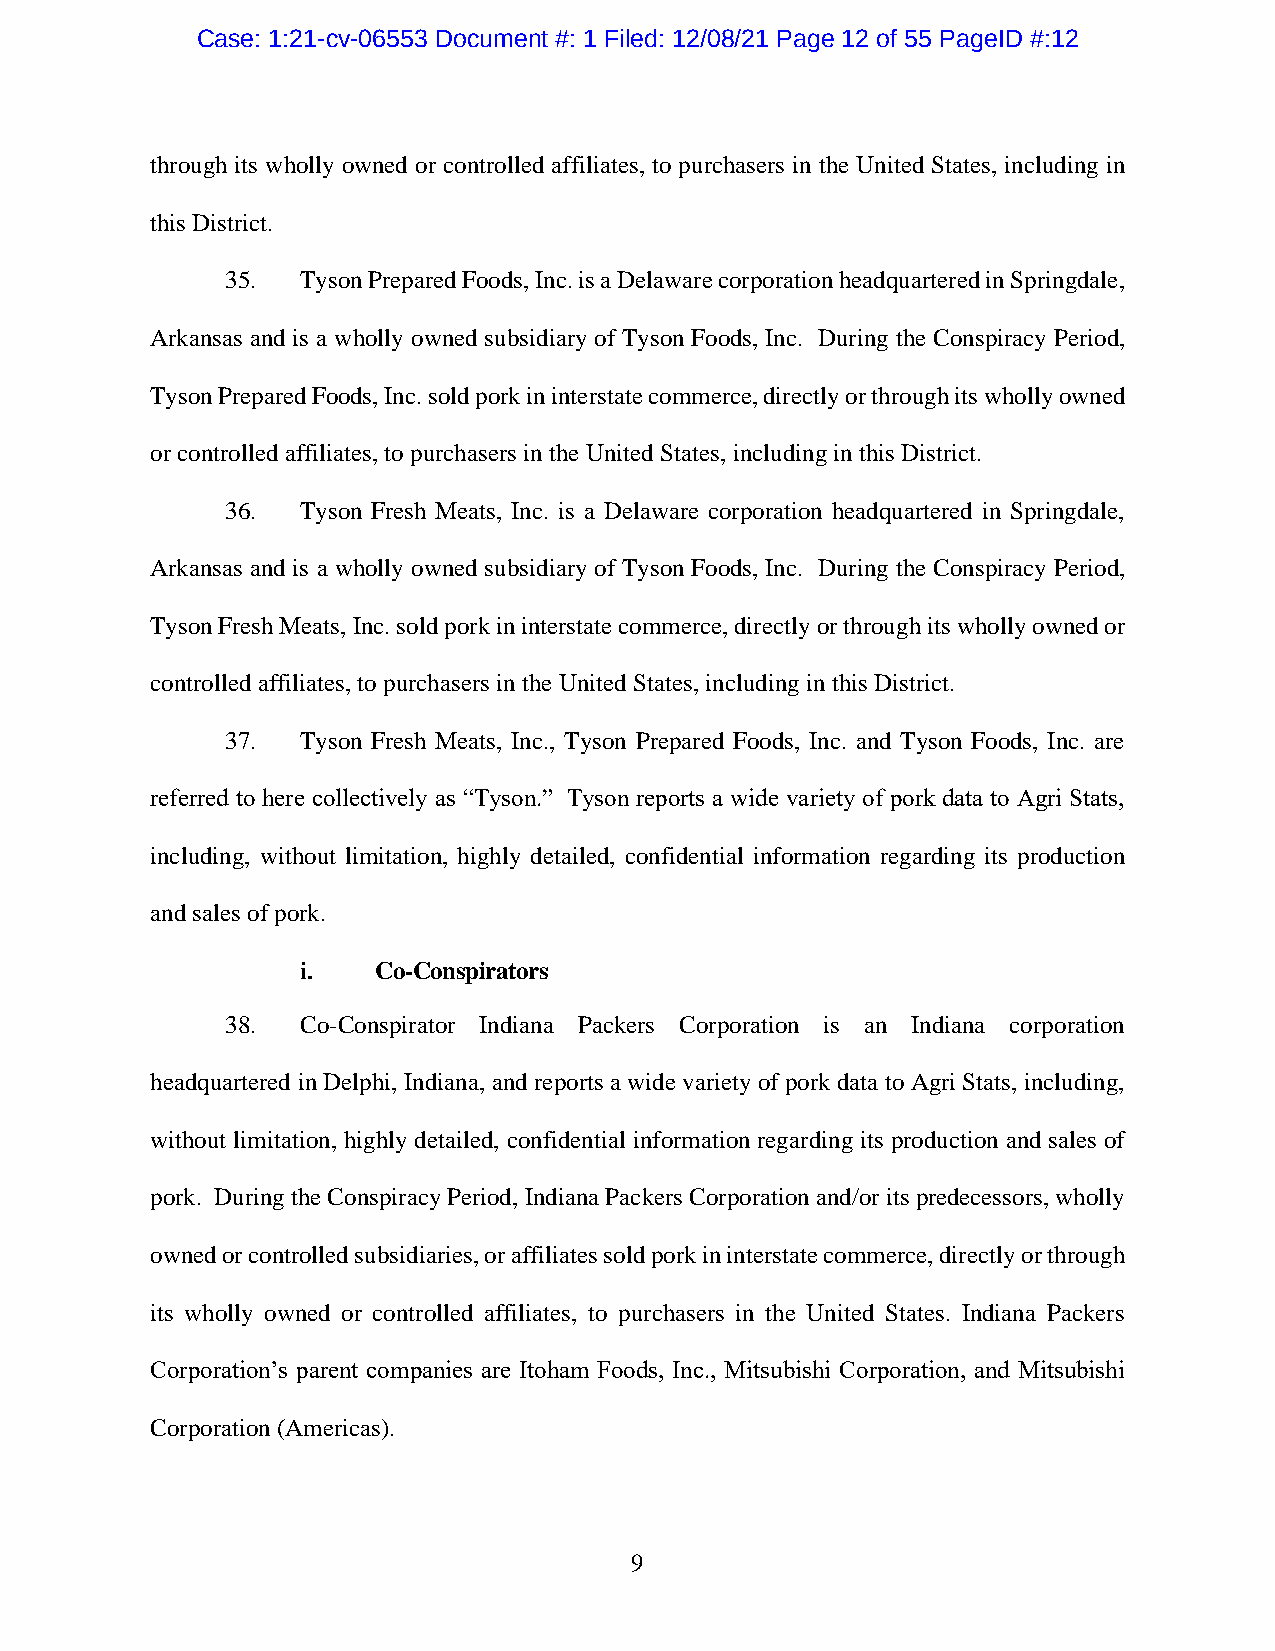
Case: 1:21-cv-06553 Document #: 1 Filed: 12/08/21 Page 12 of 55 PageID #:12
 through its wholly owned or controlled affiliates, to purchasers in the United States, including in
 this District.
 35.  Tyson Prepared Foods, Inc. is a Delaware corporation headquartered in Springdale,
 Arkansas and is a wholly owned subsidiary of Tyson Foods, Inc. During the Conspiracy Period,
 Tyson Prepared Foods, Inc. sold pork in interstate commerce, directly or through its wholly owned
 or controlled affiliates, to purchasers in the United States, including in this District.
 36.  Tyson Fresh Meats, Inc. is a Delaware corporation headquartered in Springdale,
 Arkansas and is a wholly owned subsidiary of Tyson Foods, Inc. During the Conspiracy Period,
 Tyson Fresh Meats, Inc. sold pork in interstate commerce, directly or through its wholly owned or
 controlled affiliates, to purchasers in the United States, including in this District.
 37.  Tyson Fresh Meats, Inc., Tyson Prepared Foods, Inc. and Tyson Foods, Inc. are
 referred to here collectively as “Tyson.” Tyson reports a wide variety of pork data to Agri Stats,
 including, without limitation, highly detailed, confidential information regarding its production
 and sales of pork.
 i.   Co-Conspirators
 38.  Co-Conspirator Indiana Packers Corporation is an Indiana corporation
 headquartered in Delphi, Indiana, and reports a wide variety of pork data to Agri Stats, including,
 without limitation, highly detailed, confidential information regarding its production and sales of
 pork. During the Conspiracy Period, Indiana Packers Corporation and/or its predecessors, wholly
 owned or controlled subsidiaries, or affiliates sold pork in interstate commerce, directly or through
 its wholly owned or controlled affiliates, to purchasers in the United States. Indiana Packers
 Corporation’s parent companies are Itoham Foods, Inc., Mitsubishi Corporation, and Mitsubishi
 Corporation (Americas).
 9